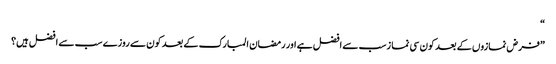
“
”فرض نمازوں کے بعد کون سی نما زسب سے افضل ہے اور رمضان المبارک کے بعد کون سے روزے سب سے افضل ہیں؟